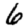
Digit: 6